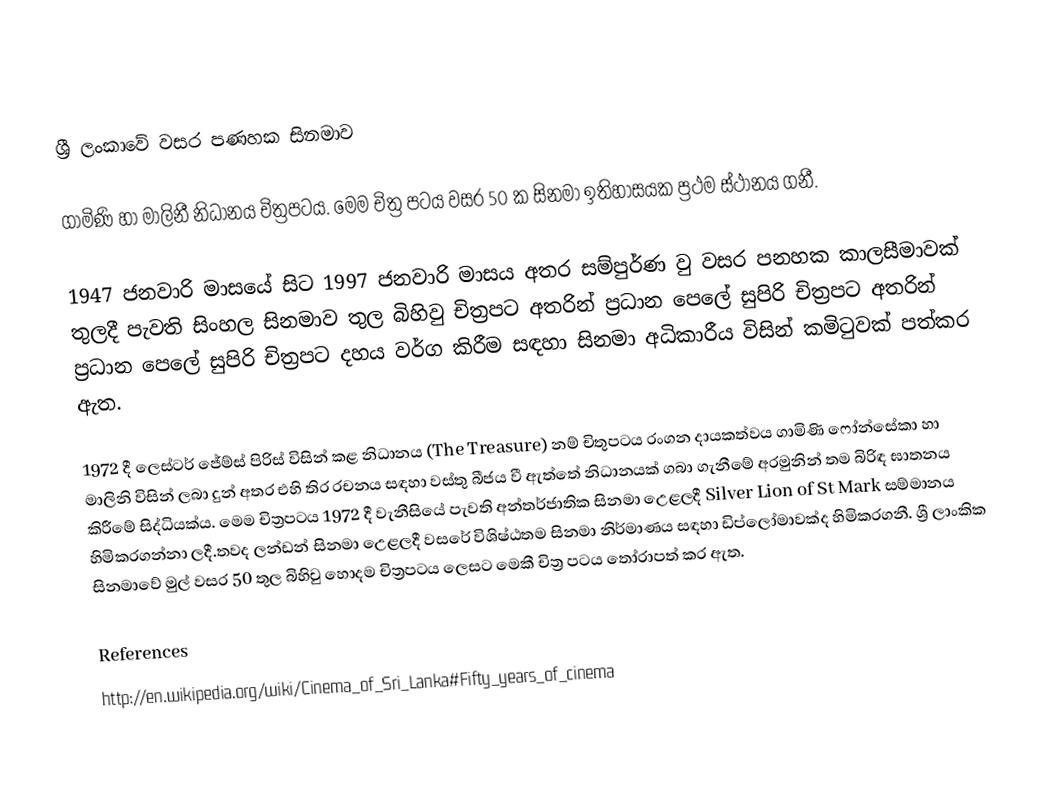
ශ්‍රී ලංකාවේ වසර පණහක සිනමාව

ගාමිණි හා මාලිනී නිධානය චිත්‍රපටය. මෙම චිත්‍ර පටය වසර 50 ක සිනමා ඉතිහාසයක ප්‍රථම ස්ථානය ගනී.

1947 ජනවාරි මාසයේ සිට 1997 ජනවාරි මාසය අතර සම්පුර්ණ වු වසර පනහක කාලසීමාවක් තුලදී පැවති සිංහල සිනමාව තුල බිහිවු චිත‍්‍රපට අතරින් ප්‍රධාන පෙලේ සුපිරි චිත්‍රපට අතරින් ප්‍රධාන පෙ‍ලේ සුපිරි චිත්‍රපට දහය වර්ග කිරීම  සඳහා සිනමා අධිකාරීය විසින් කමිටුවක් පත්කර ඇත.

1972 දී ලෙස්ටර් ජේම්ස් පිරිස් විසින් කළ නිධානය (The Treasure) නම් චිතුපටය රංගන දායකත්වය ගාමිණි ෆෝන්සේකා හා මාලිනි විසින් ලබා දුන් අතර  එහි තිර රචනය සඳහා වස්තු බීජය වී ඇත්තේ නිධානයක් ග‍බා ගැනීමේ අරමුනින් තම බිරිඳ ඝාතනය කිරීමේ සිද්ධියක්ය. මෙම චිත්‍රපටය 1972 දී වැනීසියේ පැවති අන්තර්ජ‍ාතික සිනමා උ‍ෙළලදී Silver Lion of St Mark සම්මානය හිමිකරගන්නා ලදී.තවද ලන්ඩන් සිනමා උ‍ෙළලදී වසරේ විශිෂ්ඨතම සිනමා නිර්මාණය සඳහා ඩිප්ලෝමාවක්ද හිමිකරගනී. ශ්‍රී ලාංකික සිනමාවේ මුල් වසර 50 තුල බිහිවු හොදම චිත්‍රපටය ලෙසට මෙකී චිත්‍ර පටය තෝරාපත් කර ඇත.

References
http://en.wikipedia.org/wiki/Cinema_of_Sri_Lanka#Fifty_years_of_cinema